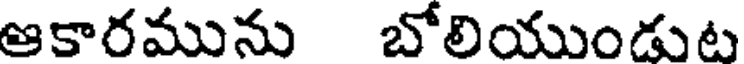
ఆకారమును బోలియుండుట